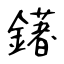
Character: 鐯